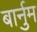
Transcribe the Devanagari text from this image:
बार्नुम